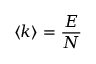
\langle k \rangle = { \frac { E } { N } }